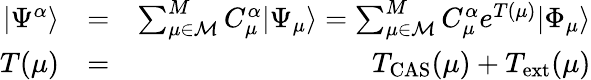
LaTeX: \begin{array}{rlr}{|\Psi^{\alpha}\rangle}&{=}&{\sum_{\mu\in{\cal M}}^{M}C_{\mu}^{\alpha}|\Psi_{\mu}\rangle=\sum_{\mu\in{\cal M}}^{M}C_{\mu}^{\alpha}e^{T(\mu)}|\Phi_{\mu}\rangle}\\ {T(\mu)}&{=}&{T_{\mathrm{CAS}}(\mu)+T_{\mathrm{ext}}(\mu)}\end{array}